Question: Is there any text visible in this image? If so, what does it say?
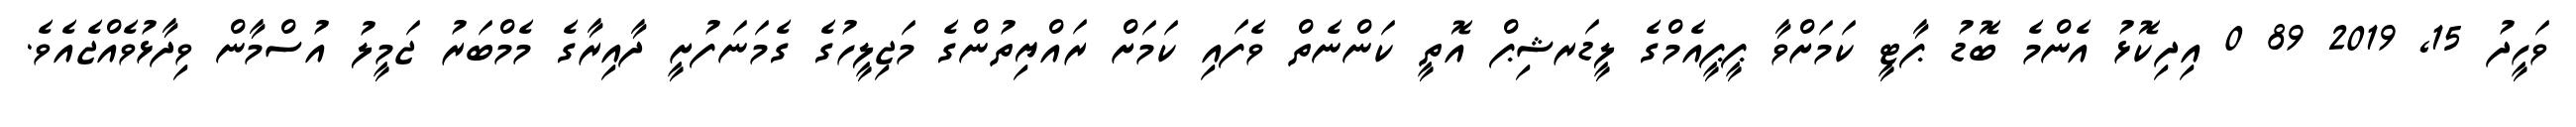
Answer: ވަހީދު 15, 2019 89 0 އިދިކޮޅު އެންމެ ބޮޑު ޕާޓީ ކަމަށްވާ ޕީޕީއެމްގެ ލީޑަރޝިޕް އޮތީ ކަންނެތް ވެފައި ކަމަށް ރައްޔިތުންގެ މަޖިލީހުގެ ގެމަނަފުށީ ދާއިރާގެ މެމްބަރު ޖަމީލު އުސްމާން ވިދާޅުވެއްޖެއެވެ.